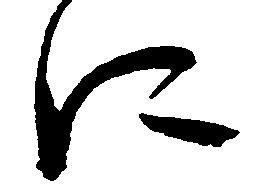
に